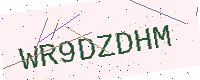
Text: WR9DZDHM